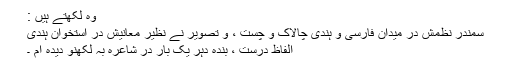
وہ لکھتے ہیں :
سمندر نظمش در میدان فارسی و ہندی چالاک و چست ، و تصویر نے نظیر معانیش در استخوان ہندی
الفاظ درست ، بندہ دہر یک بار در شاعرہ بہ لکھنؤ دیدہ ام ۔